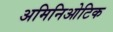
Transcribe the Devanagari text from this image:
अमिनिओटिक